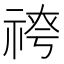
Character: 𥚓